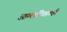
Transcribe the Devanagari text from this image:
आम्लपित्तातही